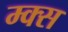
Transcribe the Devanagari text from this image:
म्क्स